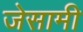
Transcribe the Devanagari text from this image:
जेसामी